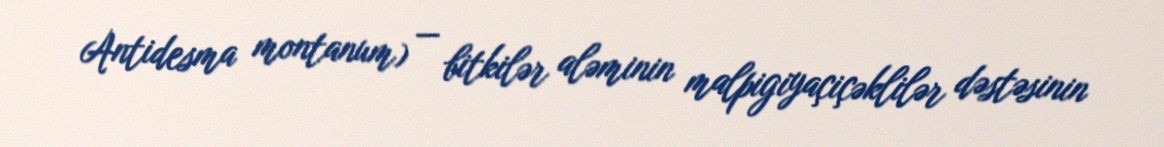
Antidesma montanum) — bitkilər aləminin malpigiyaçiçəklilər dəstəsinin